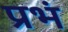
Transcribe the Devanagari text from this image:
प्रभं